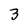
Character: 3